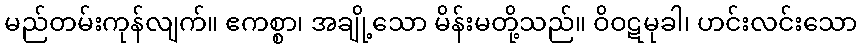
မည်တမ်းကုန်လျက်။ ဧကစ္စာ၊ အချို့သော မိန်းမတို့သည်။ ဝိဝဋမုခါ၊ ဟင်းလင်းသော